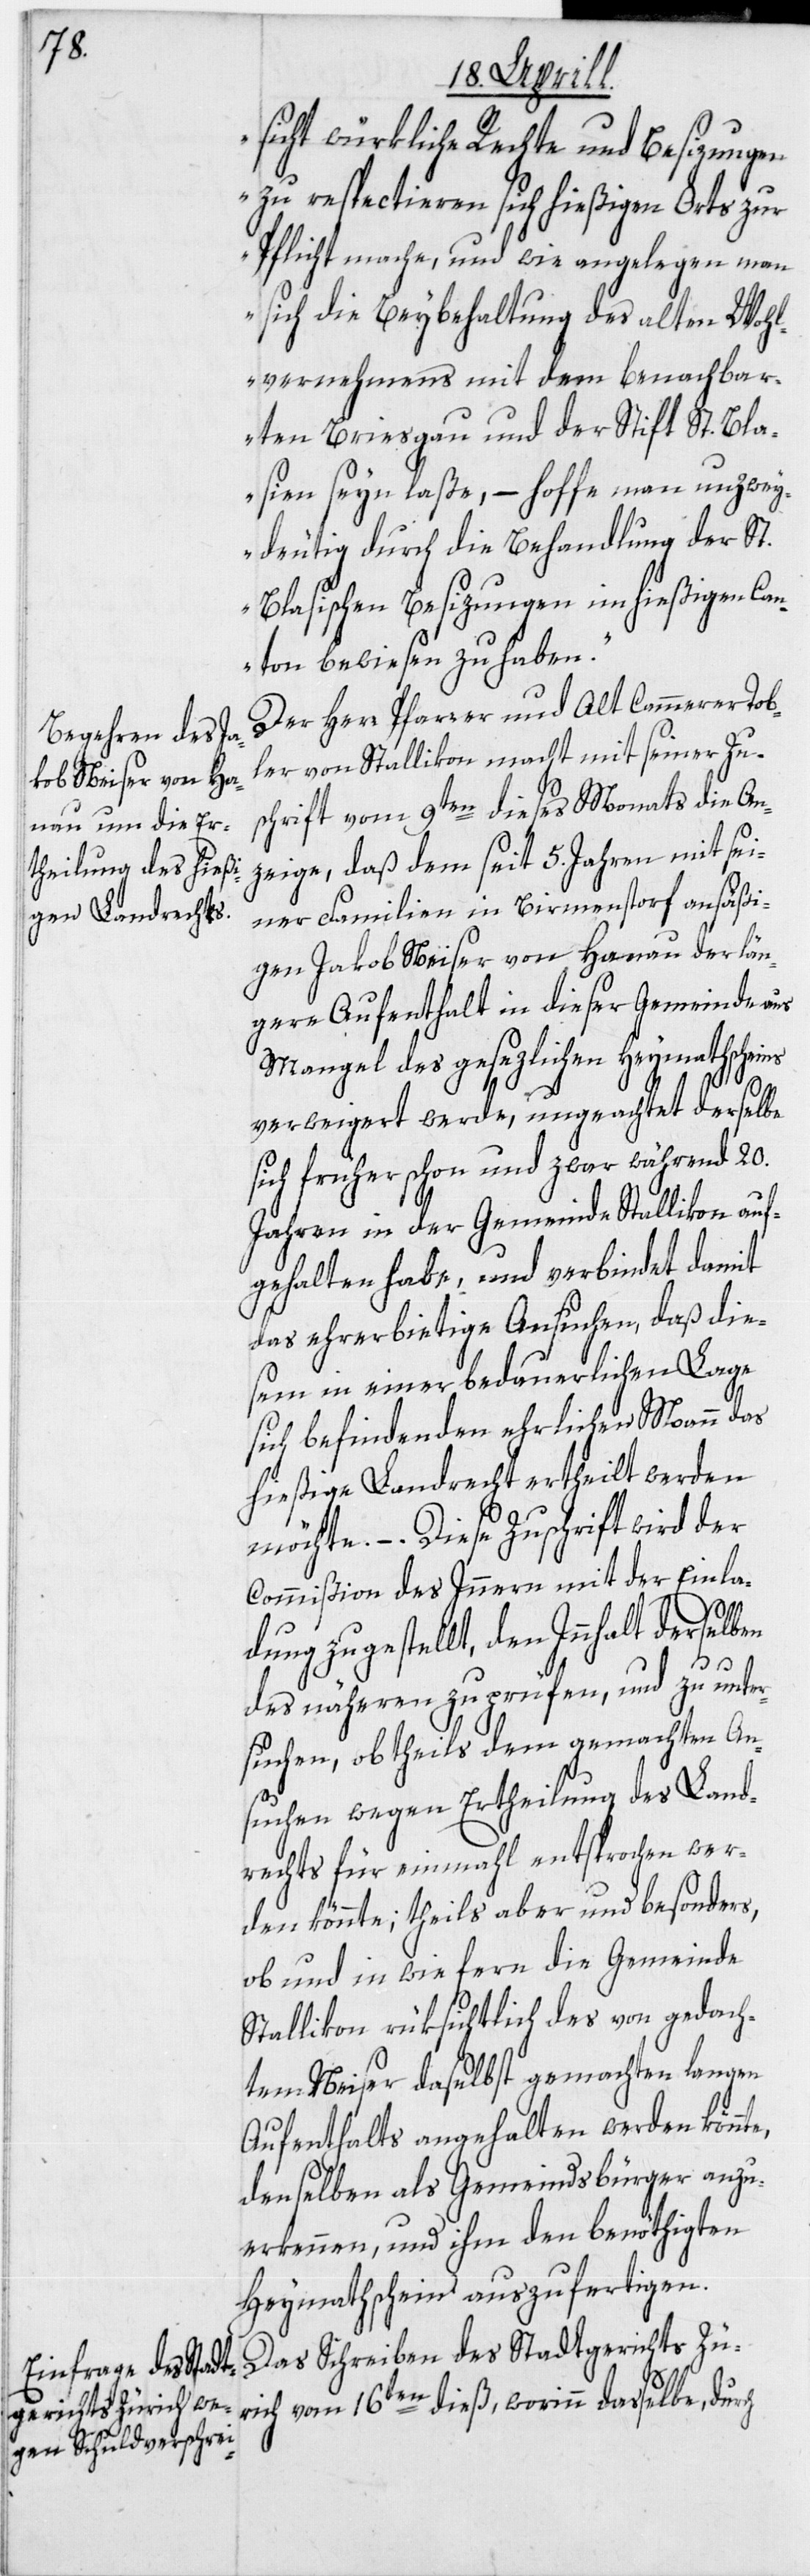
sicht würkliche Rechte und Besizungen
zu respectieren sich hießigen Orts zu¬
r Pflicht mache, und wie angelegen man
sich die Beybehaltung des alten Wohl¬
vernehmens mit dem benachbar¬
ten Briesgau und der Stift St. Bla¬
sien seyn laße, – hoffe man unzwey¬
deutig durch die Behandlung der St.
Blasischen Besizungen im hießigen Can¬
ton bewiesen zu haben.“
Der Herr Pfarrer und Alt Cammerer Tob¬
ler von Stallikon macht mit seiner Zu¬
schrift vom 9ten dieses Monats die An¬
zeige, daß dem seit 5. Jahren mit sei¬
ner Familien in Birmenstorf ansäßi¬
gen Jakob Neiser von Hanau der län¬
gere Aufenthalt in dieser Gemeinde aus
Mangel des gesezlichen Heymathscheins
verweigert werde, ungeachtet derselbe
sich früher schon und zwar während 20.
Jahren in der Gemeinde Stallikon auf¬
gehalten habe, und verbindet damit
das ehrerbietige Ansuchen, daß die¬
sem in einer bedauerlichen Lage
sich befindenden ehrlichen Mann das
hießige Landrecht ertheilt werden
möchte. – Diese Zuschrift wird der
Commißion des Innern mit der Einla¬
dung zugestellt, den Innhalt derselben
des näheren zu prüfen, und zu unter¬
suchen, ob theils dem gemachten An¬
suchen wegen Ertheilung des Land¬
rechts für einmahl entsprochen wer¬
den könnte; theils aber und besonders,
ob und in wie fern die Gemeinde
Stallikon rüksichtlich des von gedach¬
tem Neiser daselbst gemachten langen
Aufenthalts angehalten werden könnte,
denselben als Gemeindsbürger anzu¬
erkennen, und ihm den benöthigten
Heymathschein auszufertigen.
Das Schreiben des Stadtgerichts Zür¬
ich vom 16ten dieß, worinn dasselbe, durch